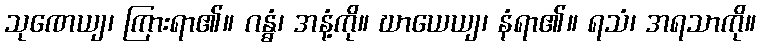
သုဏေယျ၊ ကြားရာ၏။ ဂန္ဓံ၊ အနံ့ကို။ ဃာယေယျ၊ နံရာ၏။ ရသံ၊ အရသာကို။